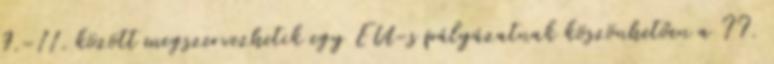
9.-11. között megszervezhetik egy EU-s pályázatnak köszönhetően a II.